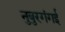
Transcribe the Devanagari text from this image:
नुबुरगंगई